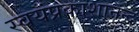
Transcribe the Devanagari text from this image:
स्वयंप्रकाशानन्द